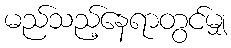
မည်သည့်နေရာတွင်မျှ